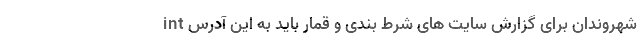
شهروندان برای گزارش سایت های شرط بندی و قمار باید به این آدرس int